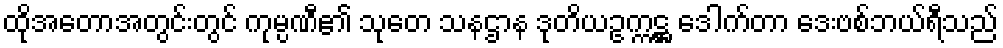
ထိုအတောအတွင်းတွင် ကုမ္ပဏီ၏ သုတေ သနဌာန ဒုတိယဥက္ကဋ္ဌ ဒေါက်တာ ဒေးဗစ်ဘယ်ရီသည်